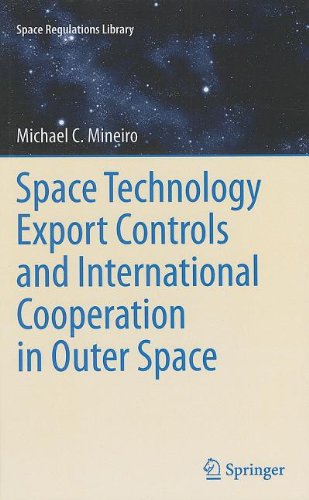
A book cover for Space Technology Export Controls and International Cooperation in Outer Space (Space Regulations Library); Michael Mineiro; Law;